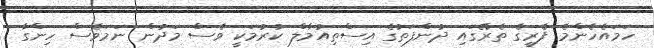
ހަމައެހެންމެ ފެރީގެ ތެރޭގައި ދުންފަތުގެ އިސްތިއުމާލް ކުރުމަކީ ވެސް މަދުން ނަމަވެސް ހިންގާ